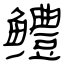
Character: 鳢